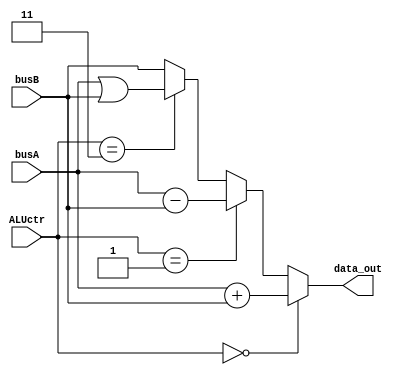
module alu(busA,busB,ALUctr,data_out);
  input[31:0] busA, busB;
  input[1:0] ALUctr;
  output[31:0]data_out;
  assign data_out=(ALUctr==2'b00)?busA+busB:(ALUctr==2'b01)?busA-busB:(ALUctr==2'b11)?busA|busB:busB;
endmodule